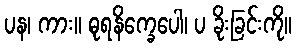
ပန၊ ကား။ ဓုရနိက္ခေပေါ၊ ပ ခိုးခြင်းကို။